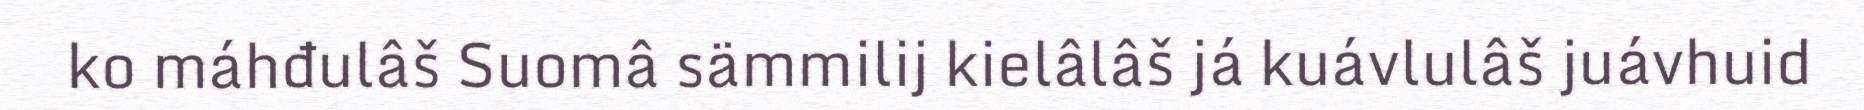
ko máhđulâš Suomâ sämmilij kielâlâš já kuávlulâš juávhuid